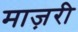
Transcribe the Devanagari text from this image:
माज़री